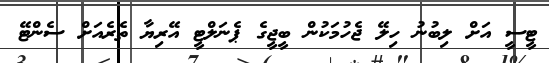
ޓީސީ އަށް ލިބުނު ހިލޭ ޖެހުމަކުން ބީޖީގެ ޕެނަލްޓީ އޭރިޔާ ތެރެއަށް ސެންޓޭ